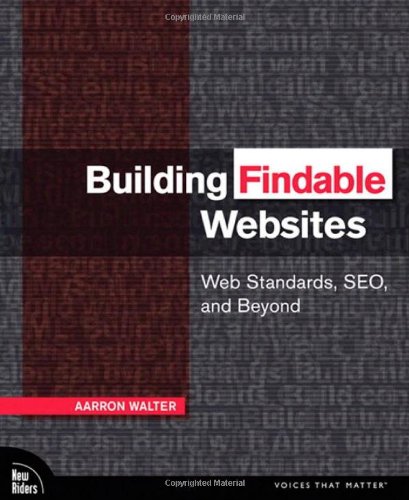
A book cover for Building Findable Websites: Web Standards, SEO, and Beyond; Aarron Walter; Computers & Technology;